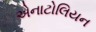
એનાટોલિયન